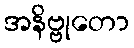
အနိဗ္ဗုတော